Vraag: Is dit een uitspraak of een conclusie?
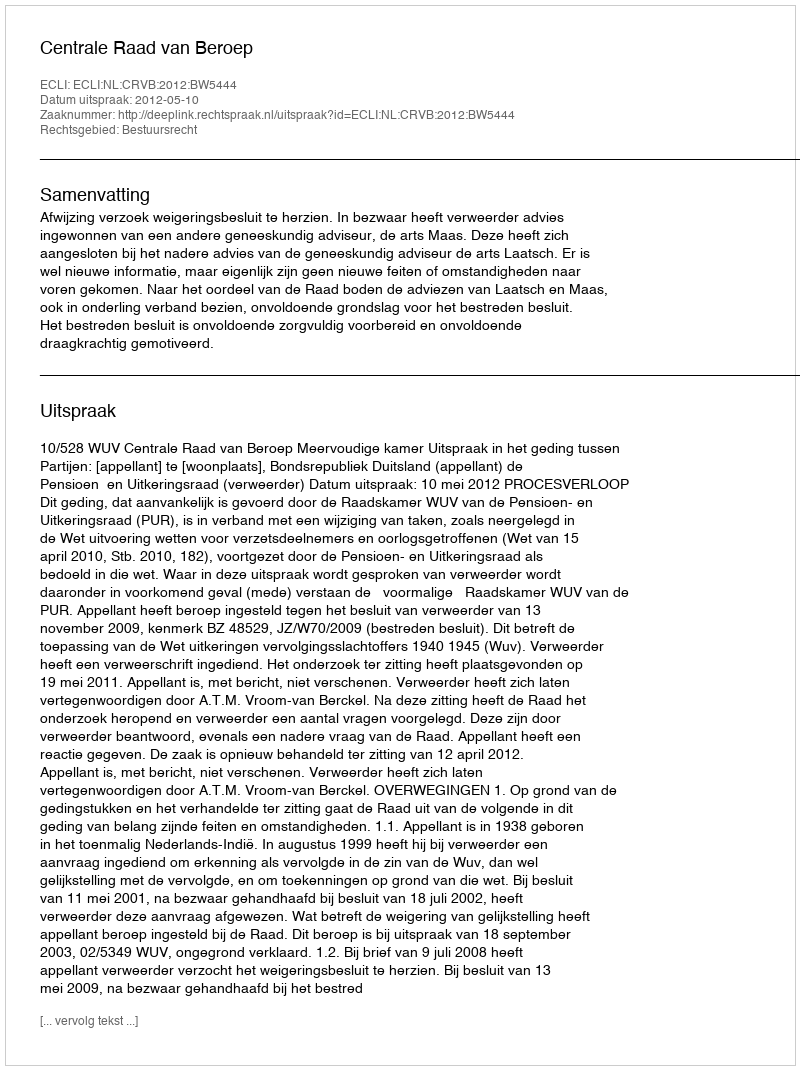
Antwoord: Uitspraak